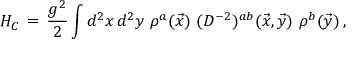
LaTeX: H _ { C } \, = \, \frac { g ^ { 2 } } { 2 } \int d ^ { 2 } x \, d ^ { 2 } y \, \, \rho ^ { a } ( \vec { x } ) \, \, ( D ^ { - 2 } ) ^ { a b } ( \vec { x } , \vec { y } ) \, \, \rho ^ { b } ( \vec { y } ) \, ,